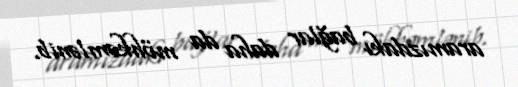
aramızdakı bağlar daha da möhkəmlənib.